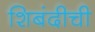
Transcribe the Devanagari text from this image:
शिबंदीची